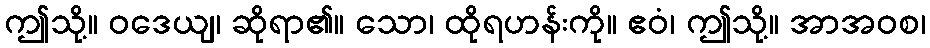
ဤသို့။ ဝဒေယျ၊ ဆိုရာ၏။ သော၊ ထိုရဟန်းကို။ ဧဝံ၊ ဤသို့။ အာအဝစ၊